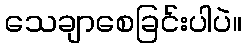
သေချာစေခြင်းပါပဲ။